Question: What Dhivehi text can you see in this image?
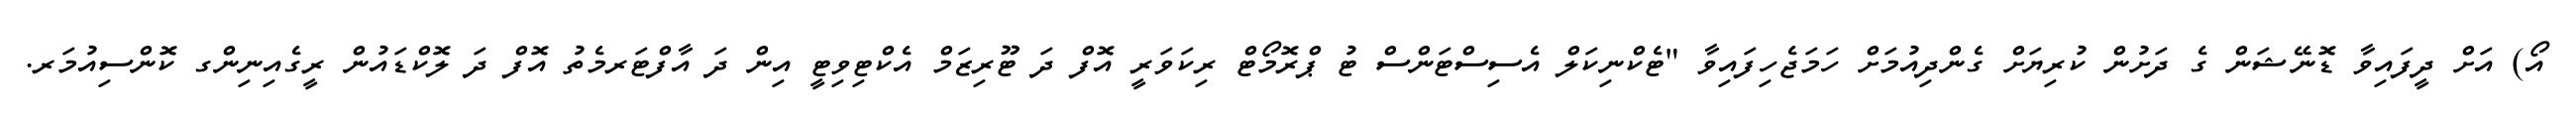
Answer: އޯ) އަށް ދީފައިވާ ޑޮނޭޝަން ގެ ދަށުން ކުރިޔަށް ގެންދިއުމަށް ހަމަޖެހިފައިވާ "ޓެކްނިކަލް އެސިސްޓަންސް ޓު ޕްރޮމޯޓް ރިކަވަރީ އޮފް ދަ ޓޫރިޒަމް އެކްޓިވިޓީ އިން ދަ އާފްޓަރމެތު އޮފް ދަ ލޮކްޑައުން ރީގެއިނިންގ ކޮންސިއުމަރ.